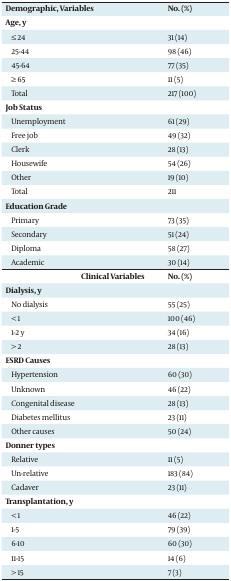
<table><thead><tr><td><b>Demographic, Variables</b></td><td><b>No. (%)</b></td></tr></thead><tbody><tr><td><b>Age, y</b></td><td></td></tr><tr><td>≤ 24</td><td>31 (14)</td></tr><tr><td>25-44</td><td>98 (46)</td></tr><tr><td>45-64</td><td>77 (35)</td></tr><tr><td>≥65</td><td>11 (5)</td></tr><tr><td>Total</td><td>217 (100)</td></tr><tr><td><b>Job Status</b></td><td></td></tr><tr><td>Unemployment</td><td>61 (29)</td></tr><tr><td>Free job</td><td>49 (32)</td></tr><tr><td>Clerk</td><td>28 (13)</td></tr><tr><td>Housewife</td><td>54 (26)</td></tr><tr><td>Other</td><td>19 (10)</td></tr><tr><td>Total</td><td>211</td></tr><tr><td><b>Education Grade</b></td><td></td></tr><tr><td>Primary</td><td>73 (35)</td></tr><tr><td>Secondary</td><td>51 (24)</td></tr><tr><td>Diploma</td><td>58 (27)</td></tr><tr><td>Academic</td><td>30 (14)</td></tr><tr><td><b> Clinical Variables</b></td><td><b>No. (%)</b></td></tr><tr><td><b>Dialysis, y</b></td><td></td></tr><tr><td>No dialysis</td><td>55 (25)</td></tr><tr><td>&lt; 1</td><td>100 (46)</td></tr><tr><td>1-2 y</td><td>34 (16)</td></tr><tr><td>&gt; 2</td><td>28 (13)</td></tr><tr><td><b>ESRD Causes</b></td><td></td></tr><tr><td>Hypertension</td><td>60 (30)</td></tr><tr><td>Unknown</td><td>46 (22)</td></tr><tr><td>Congenital disease</td><td>28 (13)</td></tr><tr><td>Diabetes mellitus</td><td>23 (11)</td></tr><tr><td>Other causes</td><td>50 (24)</td></tr><tr><td><b>Donner types</b></td><td></td></tr><tr><td>Relative</td><td>11 (5)</td></tr><tr><td>Un-relative</td><td>183 (84)</td></tr><tr><td>Cadaver</td><td>23 (11)</td></tr><tr><td><b>Transplantation, y</b></td><td></td></tr><tr><td>&lt; 1</td><td>46 (22)</td></tr><tr><td>1-5</td><td>79 (39)</td></tr><tr><td>6-10</td><td>60 (30)</td></tr><tr><td>11-15</td><td>14 (6)</td></tr><tr><td>&gt; 15</td><td>7 (3)</td></tr></tbody></table>